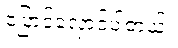
ပြောင်လှောင်ပါတယ်။